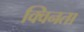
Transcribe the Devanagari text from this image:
क्विनता